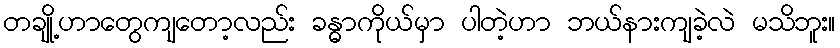
တချို့ဟာတွေကျတော့လည်း ခန္ဓာကိုယ်မှာ ပါတဲ့ဟာ ဘယ်နားကျခဲ့လဲ မသိဘူး။